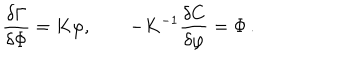
\frac { \delta \Gamma } { \delta \Phi } = K \varphi , \qquad - K ^ { - 1 } \frac { \delta C } { \delta \varphi } = \Phi \, .